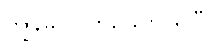
ကျွန်မ သုတ်ခြေတင်ရပြီ။